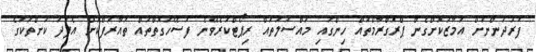
ފަރުދުންނަށް އަމާޒުކޮށްގެން ޕްރޮގްރާމްތައް ހިންގައި މައްސަލަތައް ރިޕޯޓްކުރެވޭނެ ފަސޭހަގޮތްތައް ތައާރަފްކޮށް އެފަދަ ކުށްތަކުގެ